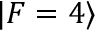
\vert F = 4 \rangle